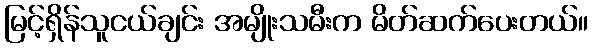
မြင့်ရှိန်သူငယ်ချင်း အမျိုးသမီးက မိတ်ဆက်ပေးတယ်။